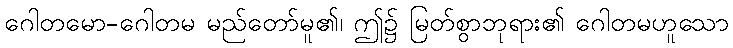
ဂေါတမော-ဂေါတမ မည်တော်မူ၏၊ ဤ၌ မြတ်စွာဘုရား၏ ဂေါတမဟူသော